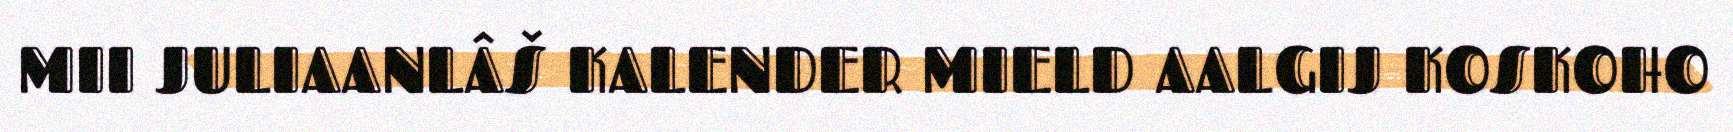
MII JULIAANLÂŠ KALENDER MIELD AALGIJ KOSKOHO